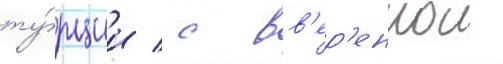
ту́рции / с вв'ер'еннои